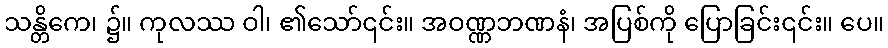
သန္တိကေ၊ ၌။ ကုလဿ ဝါ၊ ၏သော်၎င်း။ အဝဏ္ဏဘဏနံ၊ အပြစ်ကို ပြောခြင်း၎င်း။ ပေ။